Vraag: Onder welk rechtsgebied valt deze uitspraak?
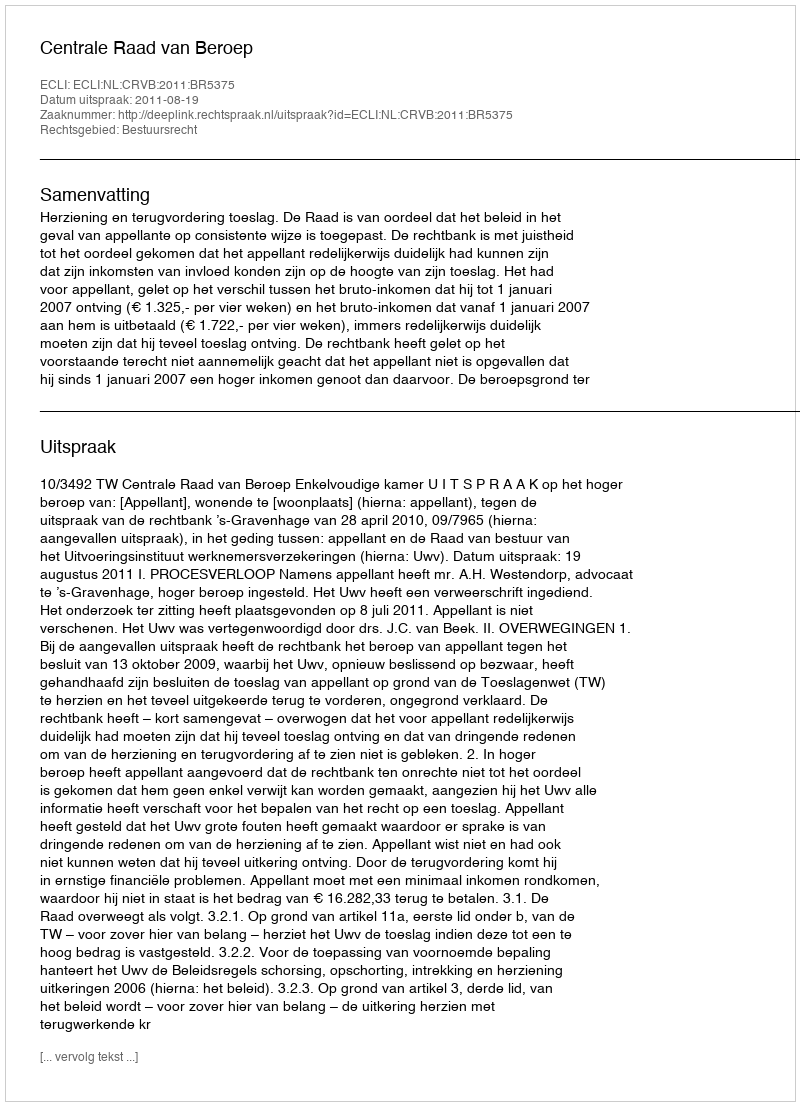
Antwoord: Bestuursrecht